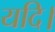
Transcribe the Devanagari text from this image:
यदि।